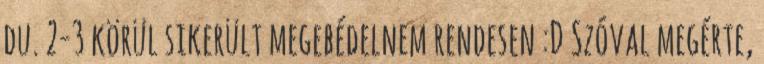
du. 2-3 körül sikerült megebédelnem rendesen :D Szóval megérte,